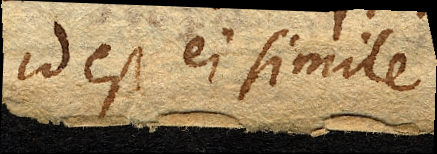
id est ei simile